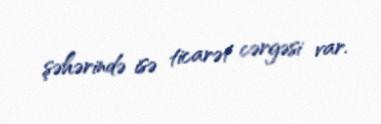
şəhərində isə ticarət cərgəsi var.